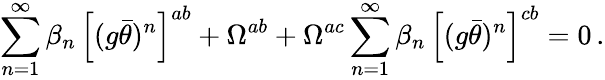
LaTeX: \sum_{n=1}^{\infty}\beta_{n}\, \left[(g\bar{\theta})^{n}\right]^{ab}+\Omega^{ab}+\Omega^{ac}\sum_{n=1}^{\infty}\beta_{n}\, \left[(g\bar{\theta})^{n}\right]^{cb}=0\, .